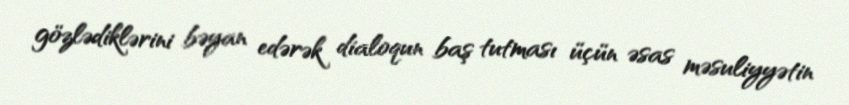
gözlədiklərini bəyan edərək dialoqun baş tutması üçün əsas məsuliyyətin